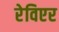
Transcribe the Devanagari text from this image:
रेविएर